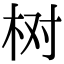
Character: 树